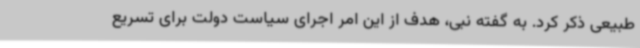
طبیعی ذکر کرد. به گفته نبی، هدف از این امر اجرای سیاست دولت برای تسریع